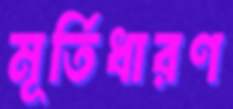
মূর্তিধারণ